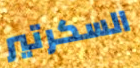
السكرتير